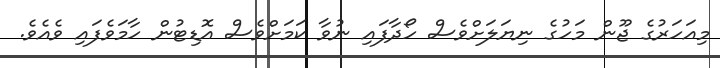
މިއަހަރުގެ ޖޫން މަހުގެ ނިޔަލަށްވެސް ހޯދާފައި ނުވާ ކަމަށްވެސް އޮޑިޓުން ހާމަވެފައި ވެއެވެ.